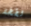
لطخة